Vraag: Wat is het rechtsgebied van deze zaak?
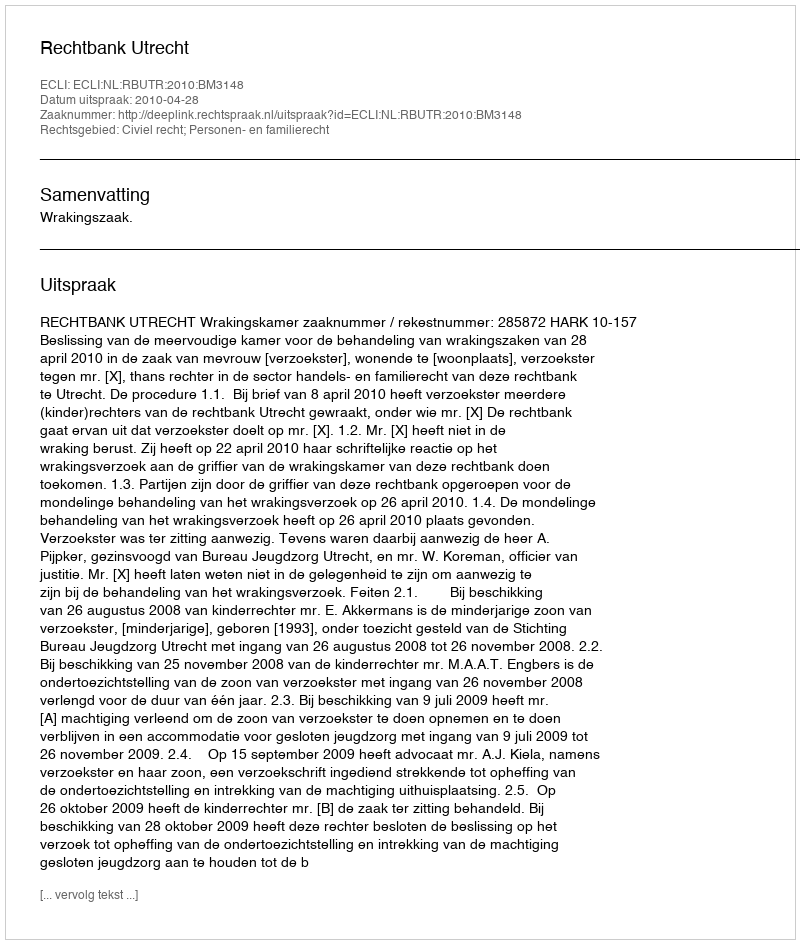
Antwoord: Civiel recht; Personen- en familierecht